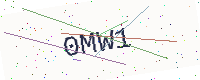
Text: 0MW1